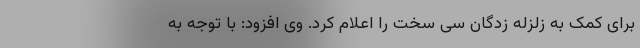
برای کمک به زلزله زدگان سی سخت را اعلام کرد. وی افزود: با توجه به